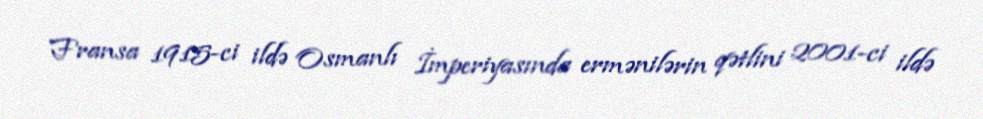
Fransa 1915-ci ildə Osmanlı İmperiyasında ermənilərin qətlini 2001-ci ildə